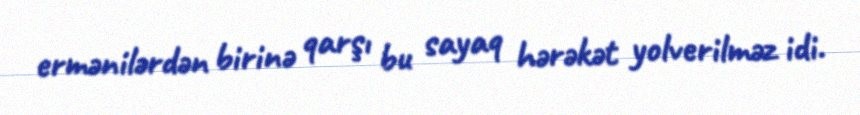
ermənilərdən birinə qarşı bu sayaq hərəkət yolverilməz idi.